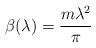
LaTeX: \begin{align*}\beta ( \lambda ) = \frac{m \lambda^2}{\pi}\end{align*}